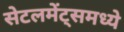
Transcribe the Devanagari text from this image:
सेटलमेंट्‌समध्ये